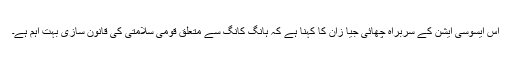
اس ایسوسی ایشن کے سربراہ چھائی جیا زان کا کہنا ہے کہ ہانگ کانگ سے متعلق قومی سلامتی کی قانون سازی بہت اہم ہے۔